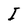
Character: I